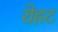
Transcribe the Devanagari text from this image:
रोहट